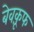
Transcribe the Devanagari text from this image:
बेवक़ूफ